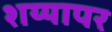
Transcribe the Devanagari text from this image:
शय्यापर